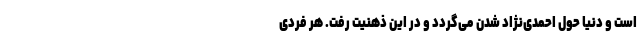
است و دنیا حول احمدی‌نژاد شدن می‌گردد و در این ذهنیت رفت. هر فردی